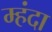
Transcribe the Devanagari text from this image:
म्हंदा